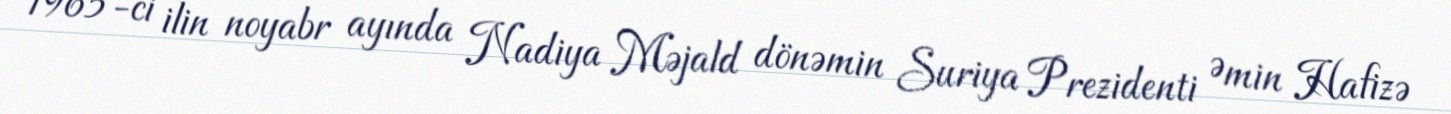
1965-ci ilin noyabr ayında Nadiya Məjald dönəmin Suriya Prezidenti Əmin Hafizə